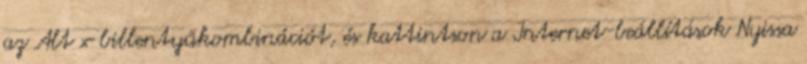
az Alt x billentyűkombinációt, és kattintson a Internet-beállítások Nyissa